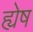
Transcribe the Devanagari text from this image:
ह्येष